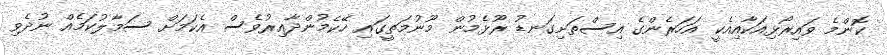
ކޮންމެ ވައިރޯޅިއަކާއިއެކީ އަހަރެންގެ އިސްތަށިގަނޑު ރޫޅެމުން މޫނުމަތީގައި ހޭކެމުންދާއިރުވެސް އެކަމަށް ސަމާލުކަމެއް ނުދެވި